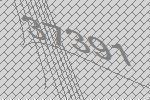
37391